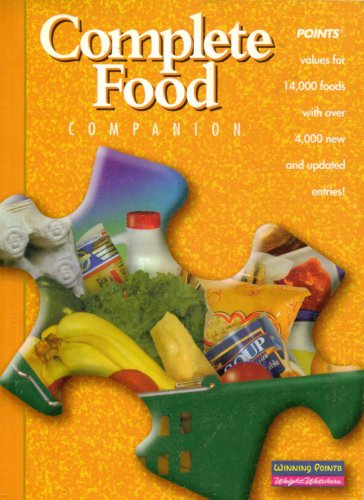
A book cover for Complete Food Companion: POINTS; Weight Watchers; Health, Fitness & Dieting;